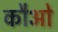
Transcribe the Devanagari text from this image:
कौओ